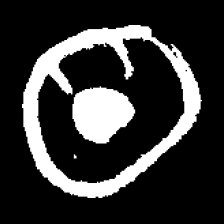
Pyu character \u2014 Myanmar letter: ထ (romanized: tha)